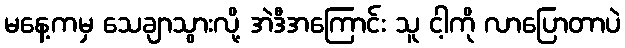
မနေ့ကမှ သေချာသွားလို့ အဲဒီအကြောင်း သူ ငါ့ကို လာပြောတာပဲ